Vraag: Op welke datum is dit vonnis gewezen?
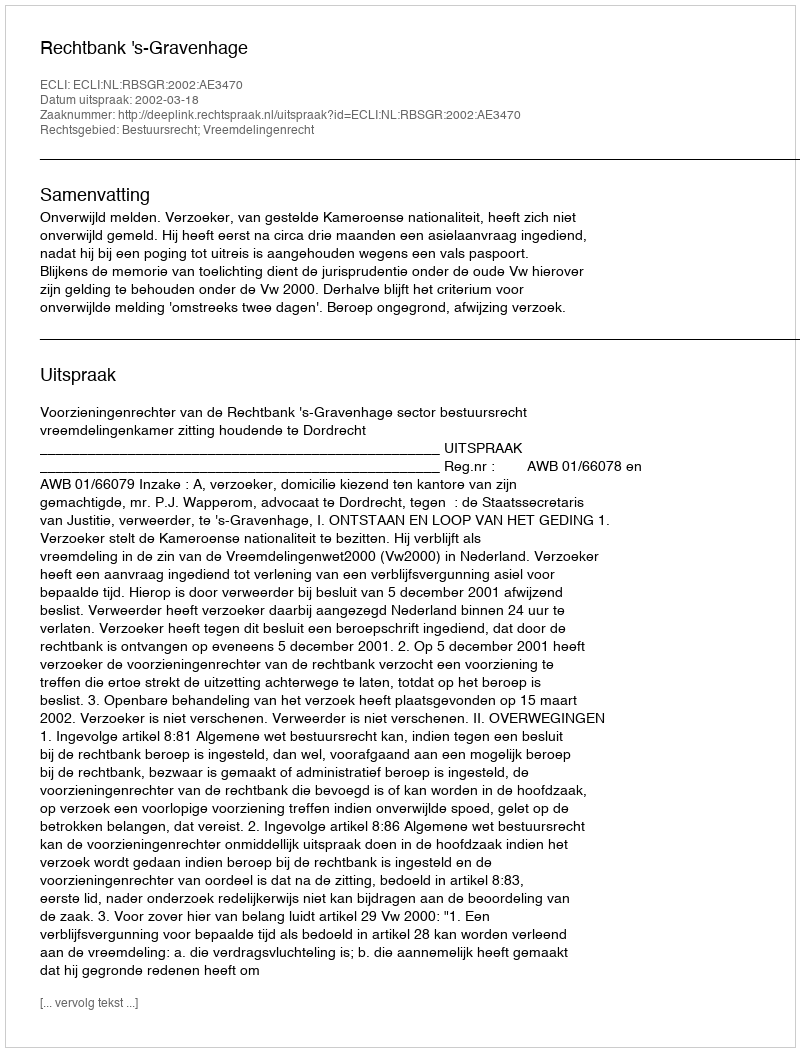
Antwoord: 2002-03-18